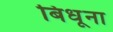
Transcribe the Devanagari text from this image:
बिधूना